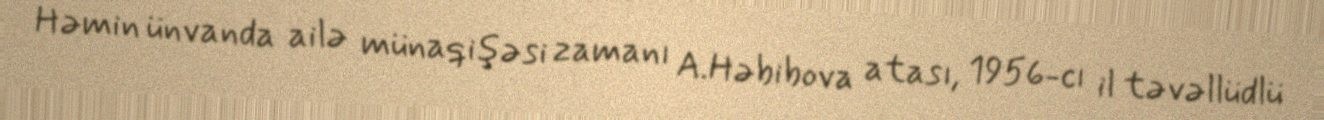
Həmin ünvanda ailə münaqişəsi zamanı A.Həbibova atası, 1956-cı il təvəllüdlü